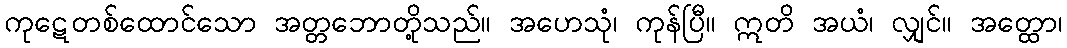
ကုဋေတစ်ထောင်သော အတ္တဘောတို့သည်။ အဟေသုံ၊ ကုန်ပြီ။ ဣတိ အယံ၊ လျှင်။ အတ္ထော၊